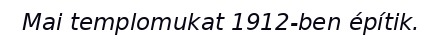
Mai templomukat 1912-ben építik.